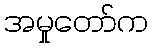
အမှုတော်က